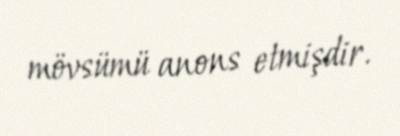
mövsümü anons etmişdir.